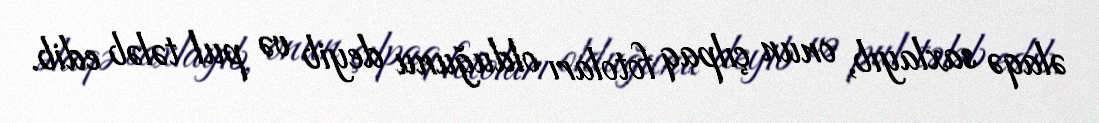
əlaqə saxlayıb, onun çılpaq fotoları olduğunu deyib və pul tələb edib.